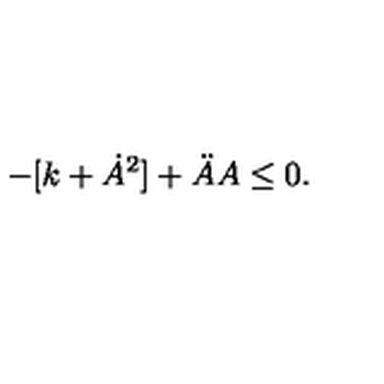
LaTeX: - [ k + \dot { A } ^ { 2 } ] + \ddot { A } A \leq 0 .